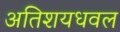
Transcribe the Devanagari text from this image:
अतिशयधवल